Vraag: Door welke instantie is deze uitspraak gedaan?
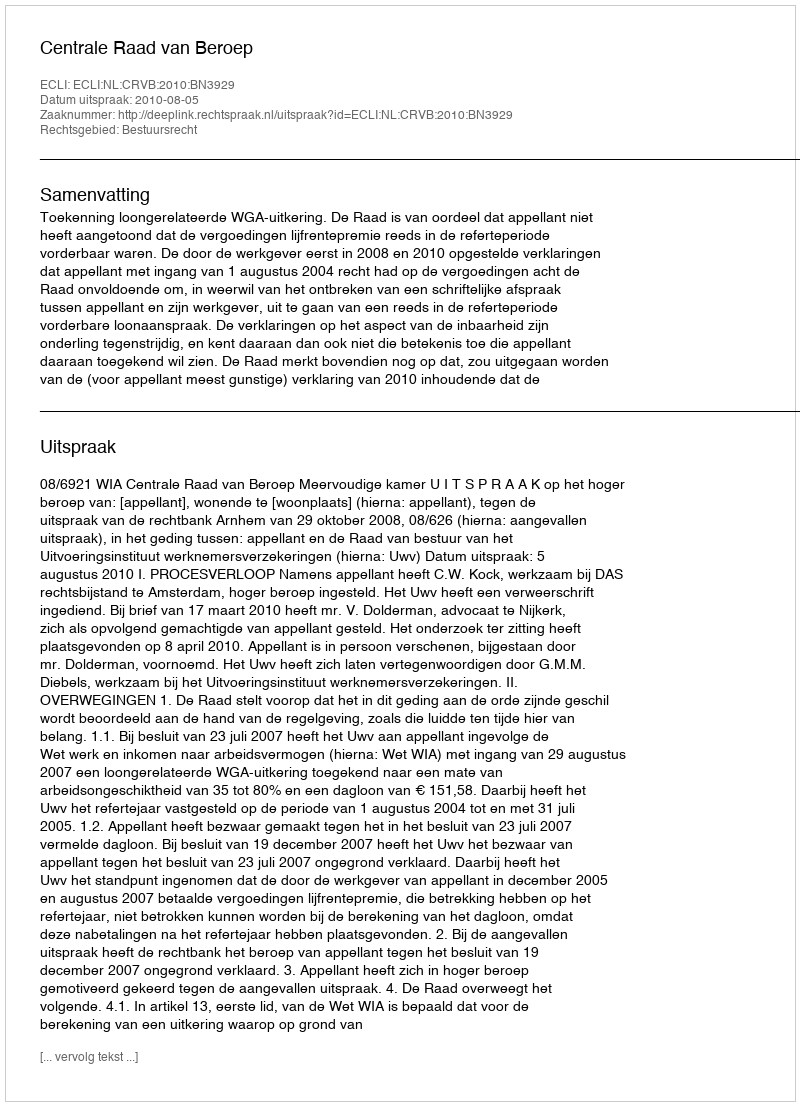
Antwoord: Centrale Raad van Beroep